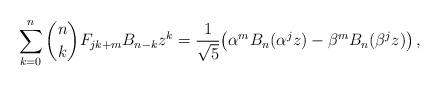
LaTeX: \begin{align*}\sum_{k = 0}^n {\binom nk F_{jk + m} B_{n - k} z^k } =\frac{1}{\sqrt5}\big( \alpha^m B_n(\alpha ^j z) - \beta^m B_n (\beta ^j z)\big)\,,\end{align*}